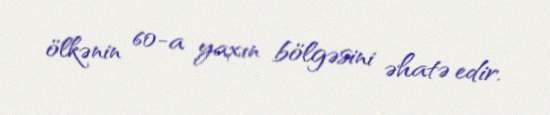
ölkənin 60-a yaxın bölgəsini əhatə edir.